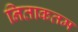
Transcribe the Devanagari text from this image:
निताकतम